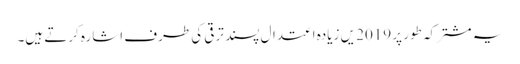
یہ مشترکہ طور پر 2019 یں زیادہ اعتدال پسند ترقی کی طرف اشارہ کرتے ہیں۔